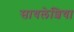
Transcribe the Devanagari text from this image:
सायलेशिया